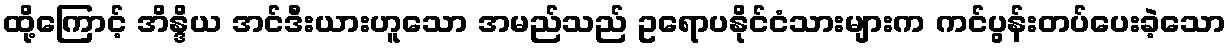
ထို့ကြောင့် အိန္ဒိယ အင်ဒီးယားဟူသော အမည်သည် ဥရောပနိုင်ငံသားများက ကင်ပွန်းတပ်ပေးခဲ့သော